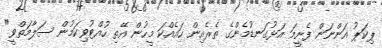
ޕިކަޕު އަންނަން ފެށީމަ އަޅުގަނޑުމެންގެ ތެރެއިން ހައެއްކަ މީހުން އޭތި ހުއްޓުވިކަމުން ސަލާމަތްވީ"